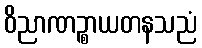
ဝိညာဏဉ္စာယတနသညံ